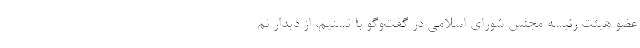
عضو هیئت رئیسه مجلس شورای اسلامی در گفت‌وگو با تسنیم، از دیدار نم